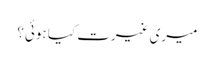
میری غیرت کیا ہوئی؟